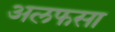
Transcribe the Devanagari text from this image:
अलफसा